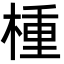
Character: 㮔